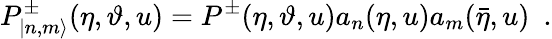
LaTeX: P_{|n,m\rangle}^{\pm}(\eta,\vartheta,u)=P^{\pm}(\eta,\vartheta,u)a_{n}(\eta,u)a_{m}(\bar{\eta},u)\, \, \, .